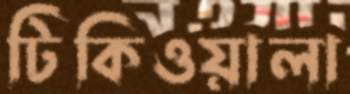
টিকিওয়ালা